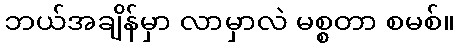
ဘယ်အချိန်မှာ လာမှာလဲ မစ္စတာ စမစ်။